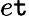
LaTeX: e\mathtt{t}